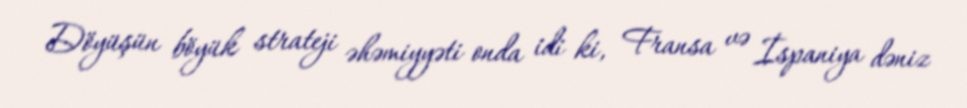
Döyüşün böyük strateji əhəmiyyəti onda idi ki, Fransa və İspaniya dəniz